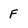
Character: f